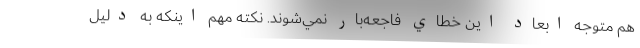
هم متوجه ابعاد اين خطاي فاجعه‌بار نمي‌شوند. نكته مهم اينكه به دليل